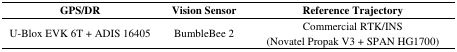
<table><thead><tr><td><b>GPS/DR</b></td><td><b>Vision Sensor</b></td><td><b>Reference Trajectory</b></td></tr></thead><tbody><tr><td>U-Blox EVK 6T + ADIS 16405</td><td>BumbleBee 2</td><td>Commercial RTK/INS (Novatel Propak V3 + SPAN HG1700)</td></tr></tbody></table>